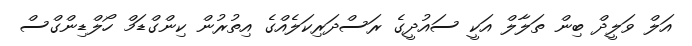
އަލް ވަލީދް ބިން ތަލާލް އަކީ ސައުދީގެ ރަސްދަރިކަލެއްގެ އިތުރުން ކިންގްޑަމް ހޯލްޑިންގްސް